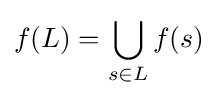
f(L)=\bigcup _{s\in L}f(s)